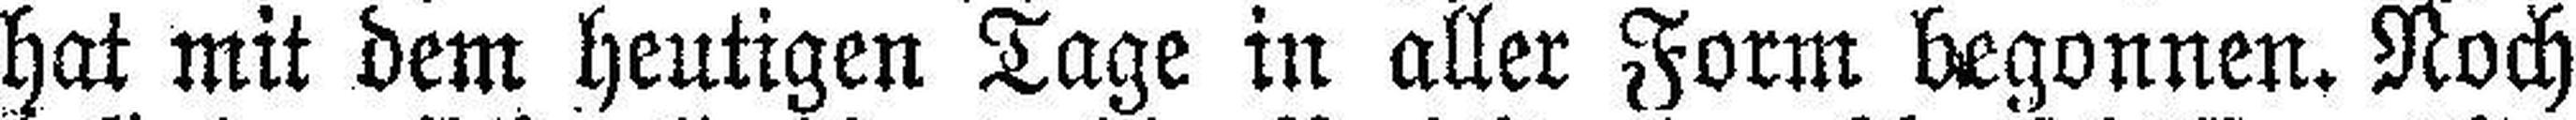
hat mit dem heutigen Tage in aller Form begonnen. Noch